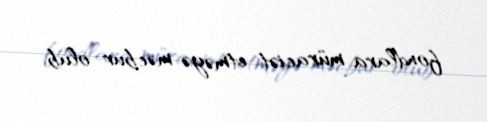
fondlara müraciət etməyə məcbur olub.